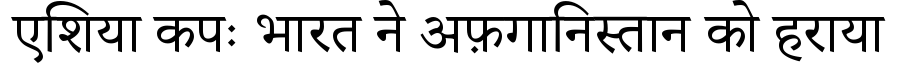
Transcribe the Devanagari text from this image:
एशिया कपः भारत ने अफ़गानिस्तान को हराया